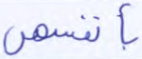
بأنفسهن